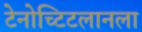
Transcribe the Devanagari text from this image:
टेनोच्टिटलानला